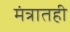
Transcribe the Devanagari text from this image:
मंत्रातही